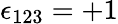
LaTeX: \epsilon_{123}=+1